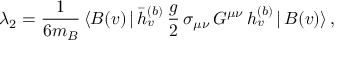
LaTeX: \lambda _ { 2 } = { \frac { 1 } { 6 m _ { B } } } \, \langle B ( v ) \, | \, \bar { h } _ { v } ^ { ( b ) } \, { \frac { g } { 2 } } \, \sigma _ { \mu \nu } \, G ^ { \mu \nu } \, h _ { v } ^ { ( b ) } \, | \, B ( v ) \rangle \, ,